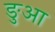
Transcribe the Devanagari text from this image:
ङुआ